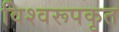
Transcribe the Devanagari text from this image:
विश्वरूपकृत